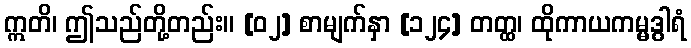
ဣတိ၊ ဤသည်တို့တည်း။ [၀၂] စာမျက်နှာ [၁၂၄] တတ္ထ၊ ထိုကာယကမ္မဒွါရံ